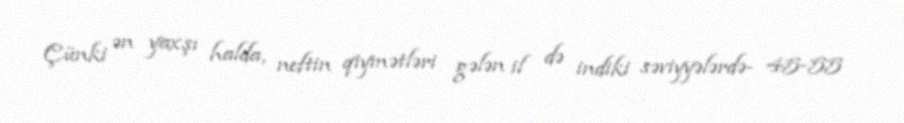
Çünki ən yaxşı halda, neftin qiymətləri gələn il də indiki səviyyələrdə- 45-55